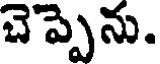
చెప్పెను.